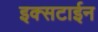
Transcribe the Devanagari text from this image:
इक्सटाईन